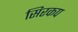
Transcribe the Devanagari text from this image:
सिरकप